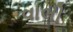
વાલી